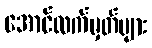
အောင်လက်မှတ်များ